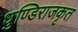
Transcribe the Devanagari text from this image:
धुण्डिराजकृत